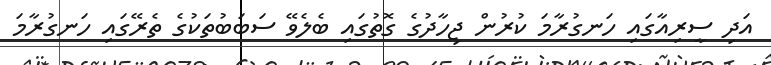
އަދި ސީރިއާގައި ހަނގުރާމަ ކުރުން ޖިހާދުގެ ގޮތުގައި ބެލެވޭ ސަބަބުތަކުގެ ތެރޭގައި ހަނގުރާމަ